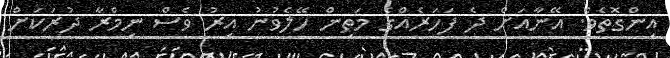
އިންގޮތެވެ. އޭނާއަށް ދެ ފަހަރެއްގެ މަތިން ހޭލެވުނު އިރު ވެސް ނިމްރާ ދުރަކަށް